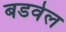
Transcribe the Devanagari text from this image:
बडवेल